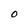
Character: O